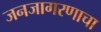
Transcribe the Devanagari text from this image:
जनजागरणाचा